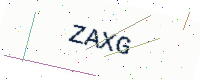
Text: ZAXG